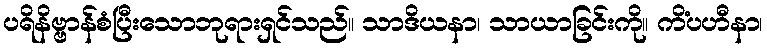
ပရိနိဗ္ဗာန်စံပြီးသောဘုရားရှင်သည်။ သာဒိယနာ၊ သာယာခြင်းကို။ ကိံပဟီနာ၊